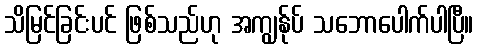
သိမြင်ခြင်းပင် ဖြစ်သည်ဟု အကျွန်ုပ် သဘောပေါက်ပါပြီ။